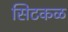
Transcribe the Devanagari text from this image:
सिटकळ